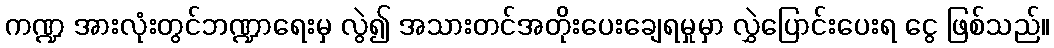
ကဏ္ဍ အားလုံးတွင်ဘဏ္ဍာရေးမှ လွဲ၍ အသားတင်အတိုးပေးချေရမှုမှာ လွှဲပြောင်းပေးရ ငွေ ဖြစ်သည်။